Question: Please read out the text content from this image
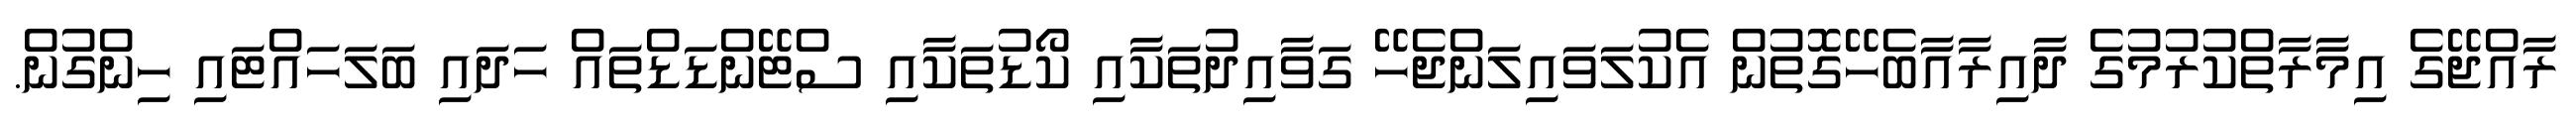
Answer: ރާއްޖޭގެ އިމާރާތްކުރުމުގެ ދާއިރާއާބެހޭގޮތުން އެކުލަވައިލަންޖެހޭ ގަވާއިދުތަކާއި ކޯޑުތަކާއި ސްޓޭންޑަޑްތައް ހަދައި ބަލަހައްޓައި ހިންގުން.